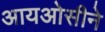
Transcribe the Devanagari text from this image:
आयओसीने